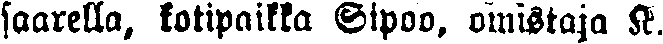
saarella, kotipaikka Sipoo, omistaja K.